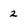
Character: 2